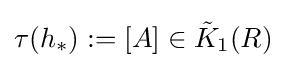
\tau (h_{*}):=[A]\in {\tilde {K}}_{1}(R)